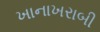
ખાનાખરાબી